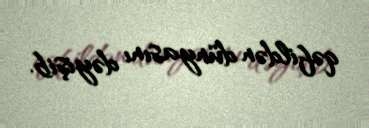
qəfildən dünyasını dəyişib.